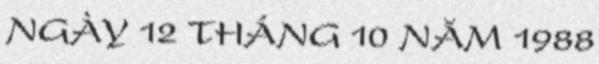
NGÀY 12 THÁNG 10 NĂM 1988